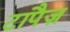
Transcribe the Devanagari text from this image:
टापैज़